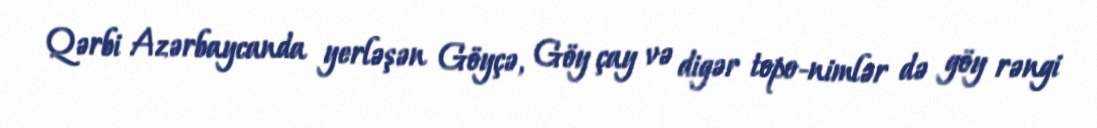
Qərbi Azərbaycanda yerləşən Göyçə, Göy çay və digər topo-nimlər də göy rəngi